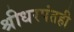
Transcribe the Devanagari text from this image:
श्रीधरपंतही